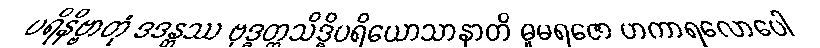
ပရိနိဗ္ဗာတုံ ဒဒန္တဿ ဗုဒ္ဓတ္တသိဒ္ဓိပရိယောသာနာတိ ဓူမရဇော ဟကာရလောပေါ